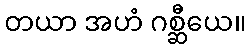
တယာ အဟံ ဂစ္ဆီယေ။